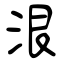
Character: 泿